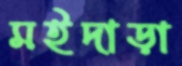
মইদাড়া